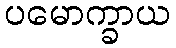
ပမောက္ခာယ